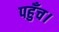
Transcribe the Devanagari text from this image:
पहुँच।